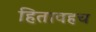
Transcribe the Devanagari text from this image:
हितावहच